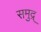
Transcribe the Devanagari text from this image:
समुद्र्